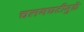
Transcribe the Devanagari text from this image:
चलनघटीमुळे